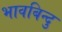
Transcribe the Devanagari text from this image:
भावबिन्दु